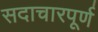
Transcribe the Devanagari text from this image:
सदाचारपूर्ण